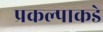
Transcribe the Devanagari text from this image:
प्रकल्पाकडे